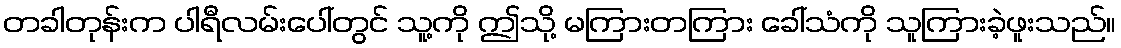
တခါတုန်းက ပါရီလမ်းပေါ်တွင် သူ့ကို ဤသို့ မကြားတကြား ခေါ်သံကို သူကြားခဲ့ဖူးသည်။